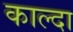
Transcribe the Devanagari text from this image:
काल्दा